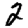
Digit: 2